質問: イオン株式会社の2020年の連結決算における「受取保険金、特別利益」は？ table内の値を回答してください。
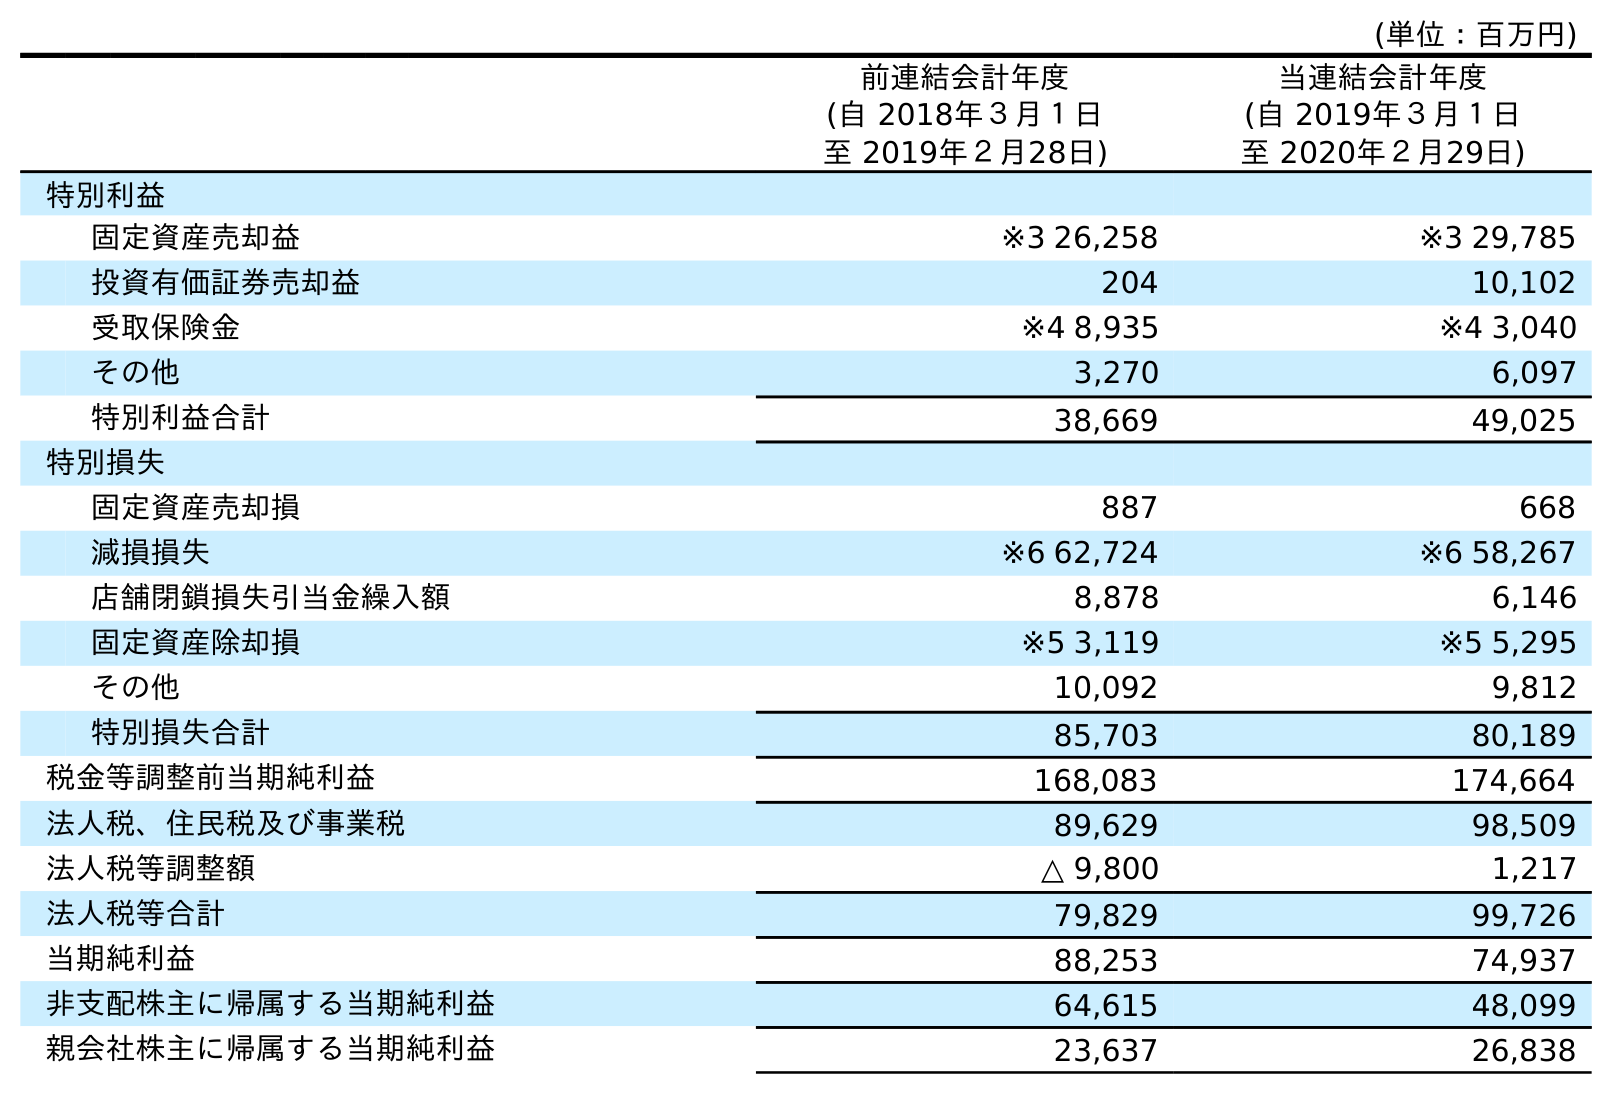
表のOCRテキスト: (単位：百万円) 前連結会計年度 (自 2018年３月１日 至 2019年２月28日) 当連結会計年度 (自 2019年３月１日 至 2020年２月29日) 特別利益 固定資産売却益 ※3 26,258 ※3 29,785 投資有価証券売却益 204 10,102 受取保険金 ※4 8,935 ※4 3,040 その他 3,270 6,097 特別利益合計 38,669 49,025 特別損失 固定資産売却損 887 668 減損損失 ※6 62,724 ※6 58,267 店舗閉鎖損失引当金繰入額 8,878 6,146 固定資産除却損 ※5 3,119 ※5 5,295 その他 10,092 9,812 特別損失合計 85,703 80,189 税金等調整前当期純利益 168,083 174,664 法人税、住民税及び事業税 89,629 98,509 法人税等調整額 △ 9,800 1,217 法人税等合計 79,829 99,726 当期純利益 88,253 74,937 非支配株主に帰属する当期純利益 64,615 48,099 親会社株主に帰属する当期純利益 23,637 26,838
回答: ※43,040